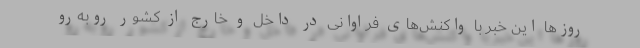
روزها این خبر با واکنش‌های فراوانی در داخل و خارج از کشور روبه‌رو